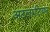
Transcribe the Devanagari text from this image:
अटलांटियन